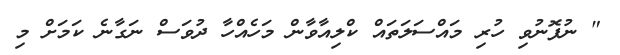
" ނުފޮނުވި ހުރި މައްސަލަތައް ކްލިއާވާން މަހެއްހާ ދުވަސް ނަގާނެ ކަމަށް މި